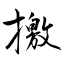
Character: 撽